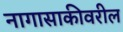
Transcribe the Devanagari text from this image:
नागासाकीवरील